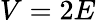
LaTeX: V=2E